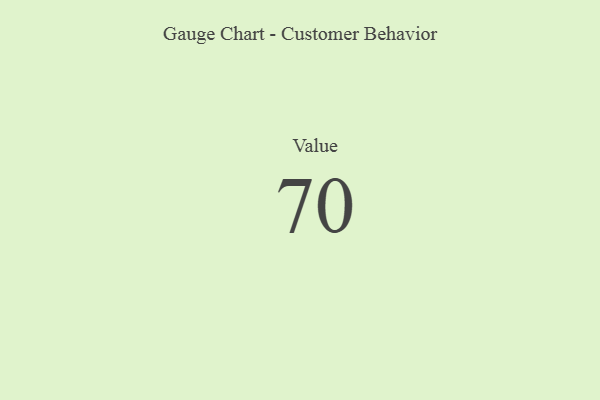
{"axis": {"x": "Metric", "y": "Value"}, "legend": [""], "data": [{"x": "Value", "y": 70, "type": ""}]}